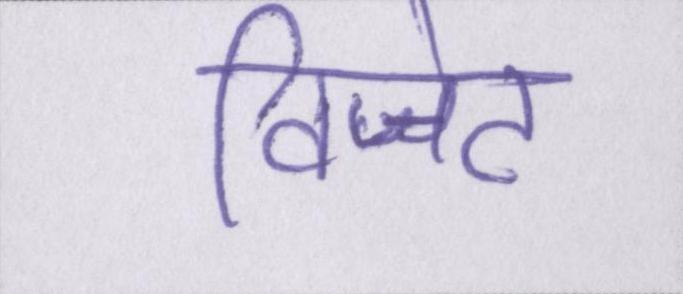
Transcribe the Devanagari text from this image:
विजेट